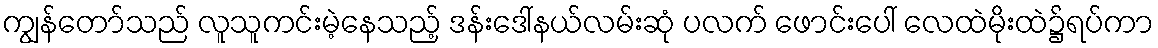
ကျွန်တော်သည် လူသူကင်းမဲ့နေသည့် ဒန်းဒေါ်နယ်လမ်းဆုံ ပလက် ဖောင်းပေါ် လေထဲမိုးထဲ၌ရပ်ကာ